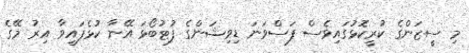
މި ސީޒަންގެ ކުރީކޮޅުގައިވެސް ފަސްވަނަ ޑިވިޝަންގެ ފުޓުބޯޅަ އޭނާ ކުޅެފައިވާ އިރު މޭގެ